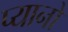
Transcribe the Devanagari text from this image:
प्यानो